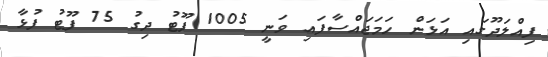
ފިއްލަދޫގައި އަޅަން ހަމަޖައްސާފައި ވަނީ 1005 ފޫޓު ދިގު 75 ފޫޓު ފުޅާ